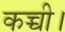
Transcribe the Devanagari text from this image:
कच्ची।